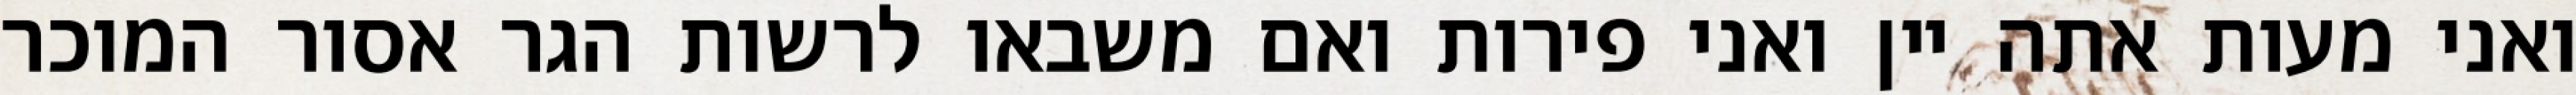
ואני מעות אתה יין ואני פירות ואם משבאו לרשות הגר אסור המוכר